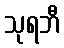
သုရဘီ